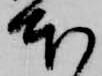
本